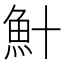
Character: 𫙏